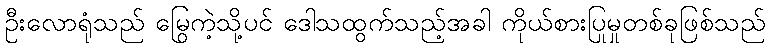
ဦးလောရုံသည် မြွေကဲ့သို့ပင် ဒေါသထွက်သည့်အခါ ကိုယ်စားပြုမှုတစ်ခုဖြစ်သည်